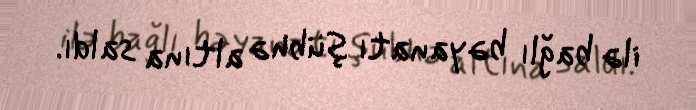
ilə bağlı bəyanatı şübhə altına saldı.